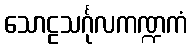
သောဠသင်္ဂုလကဏ္ဍကံ